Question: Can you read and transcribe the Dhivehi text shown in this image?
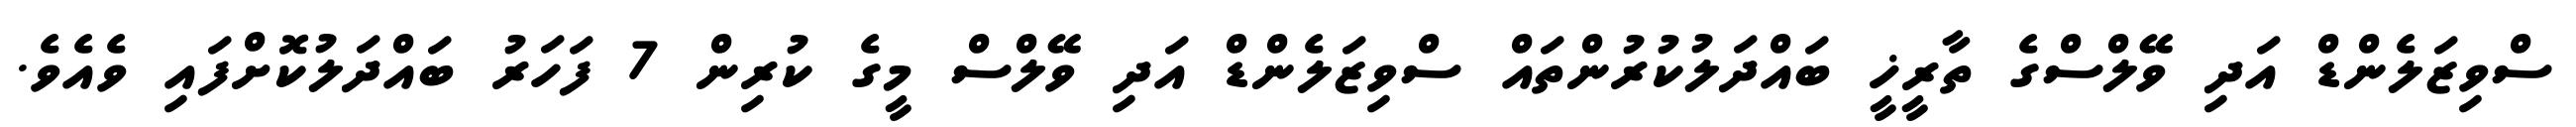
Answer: ސްވިޒަލެންޑް އަދި ވޭލްސްގެ ތާރީޚީ ބައްދަލުކުރުންތައް ސްވިޒަލެންޑް އަދި ވޭލްސް މީގެ ކުރިން 7 ފަހަރު ބައްދަލުކޮށްފައި ވެއެވެ.